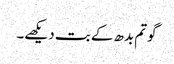
گوتم بدھ کے بت دیکھے۔